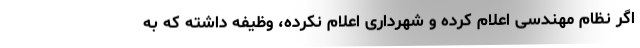
اگر نظام مهندسی اعلام کرده و شهرداری اعلام نکرده، وظیفه داشته که به